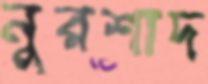
নুরশাদ